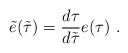
LaTeX: \begin{align*}\tilde{e}(\tilde{\tau})=\frac{d\tau}{d\tilde{\tau}}e(\tau)\ .\end{align*}